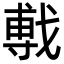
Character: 𫼁